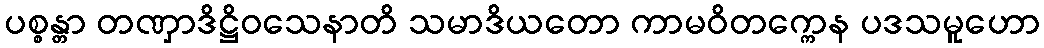
ပစ္စန္တာ တဏှာဒိဋ္ဌိဝသေနာတိ သမာဒိယတော ကာမဝိတက္ကေန ပဒသမူဟော